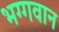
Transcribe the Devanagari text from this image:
भग्गवान